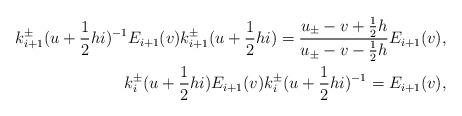
LaTeX: \begin{align*}k_{i+1}^{\pm}(u+\frac{1}{2}hi)^{-1}E_{i+1}(v)k_{i+1}^{\pm}(u+\frac{1}{2}hi)=\frac{u_{\pm}-v+\frac{1}{2}h}{u_{\pm}-v-\frac{1}{2}h}E_{i+1}(v),\\ k_{i}^{\pm}(u+\frac{1}{2}hi)E_{i+1}(v)k_{i}^{\pm}(u+\frac{1}{2}hi)^{-1}=E_{i+1}(v),\end{align*}